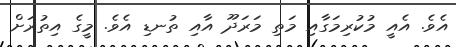
އެވެ. އެއީ މުކުރިމަގާއި މަތި މަރަދޫ އާއި ތުނޑި އެވެ. މީގެ އިތުރަށް